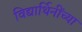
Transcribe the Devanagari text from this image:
विद्यार्थिनींच्या